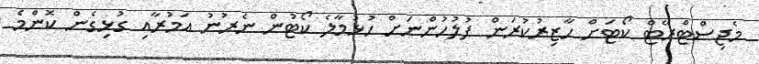
މެޖިސްޓްރޭޓް ކޯޓަށް ހާޒިރުކުރަން ފުލުހުންނަށް ހުޅުމާލެ ކޯޓުން ނެރުނު އަމުރާއި ގުޅިގެން ކޮންމެ